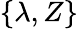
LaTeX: \{ \lambda,Z\}